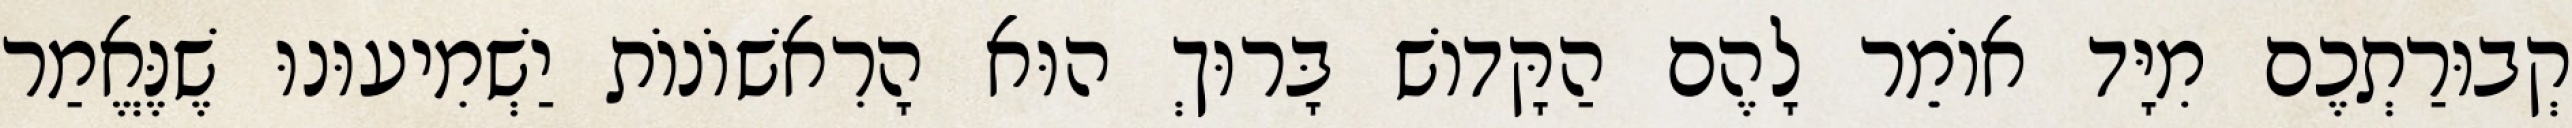
קְבוּרַתְכֶם מִיָּד אוֹמֵר לָהֶם הַקָּדוֹשׁ בָּרוּךְ הוּא הָרִאשׁוֹנוֹת יַשְׁמִיעוּנוּ שֶׁנֶּאֱמַר